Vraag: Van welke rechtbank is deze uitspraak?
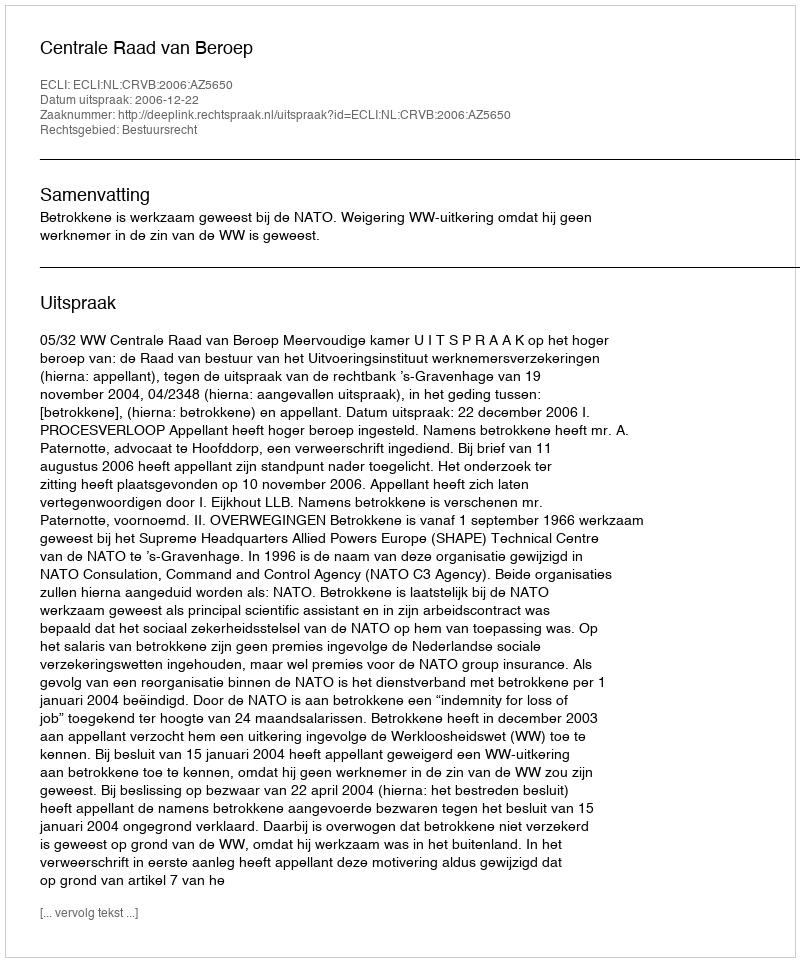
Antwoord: Centrale Raad van Beroep